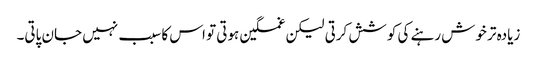
زیادہ تر خوش رہنے کی کوشش کرتی لیکن غمگین ہوتی تو اس کا سبب نہیں جان پاتی۔